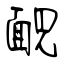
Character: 靦